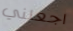
اجعلني